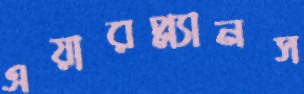
এয়ারপ্ল্যানস